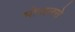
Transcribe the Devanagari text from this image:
भोपालसे